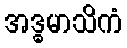
အဒ္ဓမာသိကံ